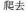
爬去